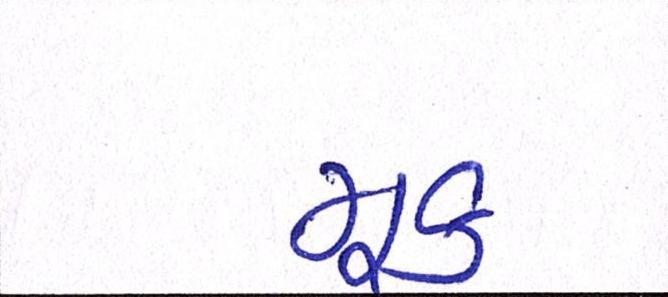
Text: મૂક